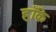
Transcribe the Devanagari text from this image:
हाँके